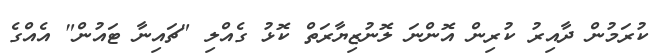
ކުރަމުން ދާއިރު ކުރިން އޮންނަ ލޮނުޒިޔާރަތް ކޮޅު ގެއްލި "ޗައިނާ ޓައުން" އެއްގެ